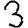
Digit: 3